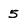
Character: 5